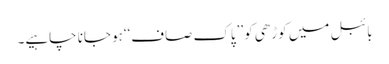
بائبل میں کوڑھی کو ’’پاک صاف‘‘ہو جانا چاہیے۔